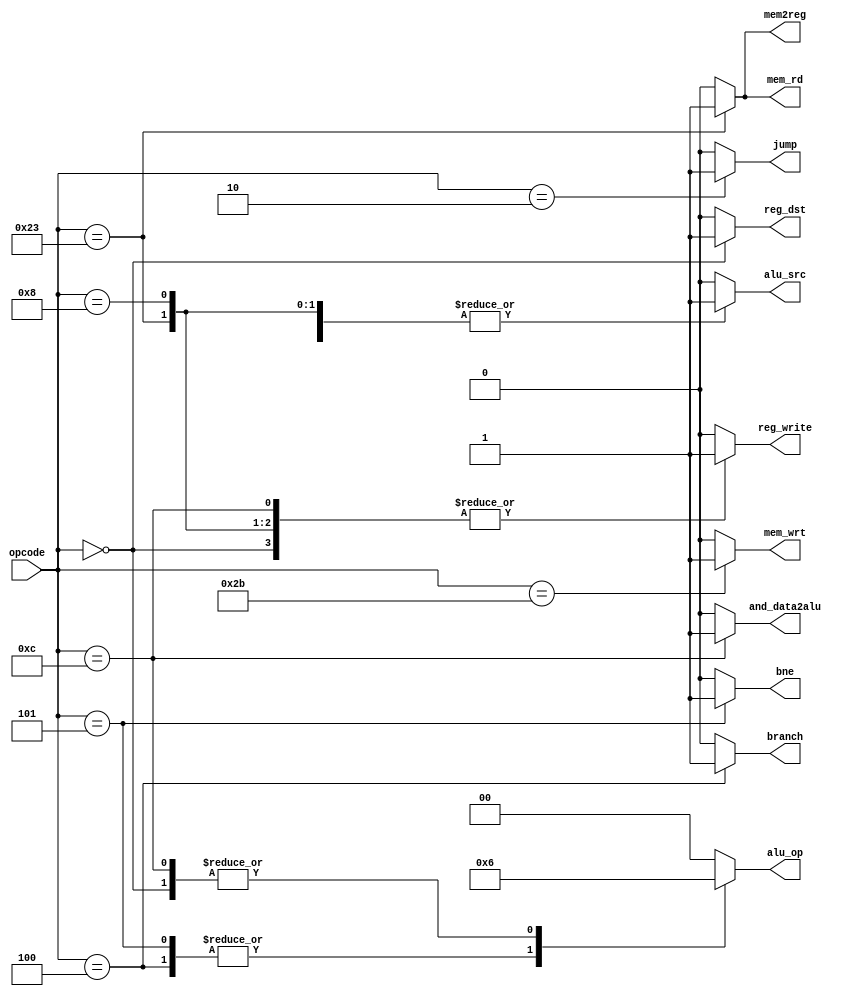
module mips_controller(
input[5:0] opcode,
output reg reg_dst,
output reg jump,
output reg branch,
output reg mem_rd,
output reg mem_wrt,
output reg [1:0] alu_op,
output reg mem2reg,
output reg alu_src,
output reg reg_write,
output reg and_data2alu,
output reg bne
);


always @(*)
begin
reg_dst=0;
jump = 0;
branch= 0;
mem_rd=0;
mem_wrt=0;
alu_op = 2'b00;
mem2reg= 0;
alu_src=0;
reg_write=0;
and_data2alu=0;
bne=0;

//6'b100011 : begin reg_dst=0; alu_src=0; mem2reg= 0;  reg_write=0; mem_rd=0; mem_wrt=0; branch= 0; alu_op = 2'b00; jump = 0;  end


case (opcode)
6'b000000 : begin reg_dst=1; reg_write=1; alu_op = 2'b10; end //R-format

6'b100011 : begin alu_src=1; mem2reg= 1;  reg_write=1; mem_rd=1; alu_op = 2'b00; end //Load word 

6'b101011 : begin alu_src=1; mem_wrt=1;  alu_op = 2'b00;  end //Store word

6'b000100 : begin branch= 1; alu_op = 2'b01; end //Branch equal

6'b000101: begin bne = 1; alu_op = 2'b01; end //Branch not equal

6'b000010 : begin jump = 1;  end //Jump

6'b001000 : begin reg_dst=0; alu_src=1; mem2reg= 0;  reg_write=1; alu_op = 2'b00; end //ADDI

6'b001100 : begin reg_dst=0; mem2reg= 0;  reg_write=1; alu_op = 2'b10; and_data2alu = 1; end //ANDI

endcase
end   
endmodule